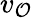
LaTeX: v_{\mathcal{O}}